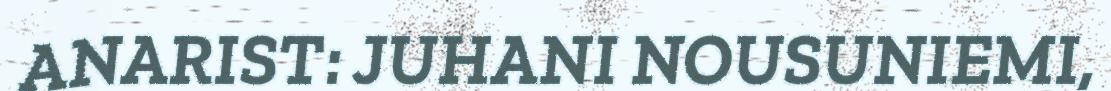
ANARIST: JUHANI NOUSUNIEMI,